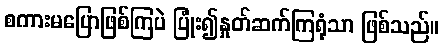
စကားမပြောဖြစ်ကြပဲ ပြုံး၍နှုတ်ဆက်ကြရုံသာ ဖြစ်သည်။